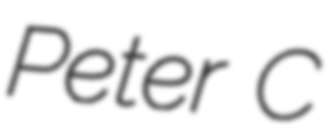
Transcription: Peter C